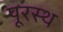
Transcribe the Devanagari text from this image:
पूरस्थ